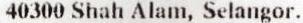
40300 SHAH ALAM, SELANGOR.